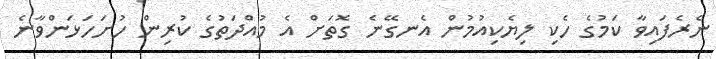
ނެރެފައިވާ ކަމުގެ ހެކި ލިޔެކިއުމުން އެނގޭނެ ގޮތަށް އެ މުއްދަތުގެ ކުރިން ހުށަހަޅަންވާނެ